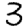
Digit: 3